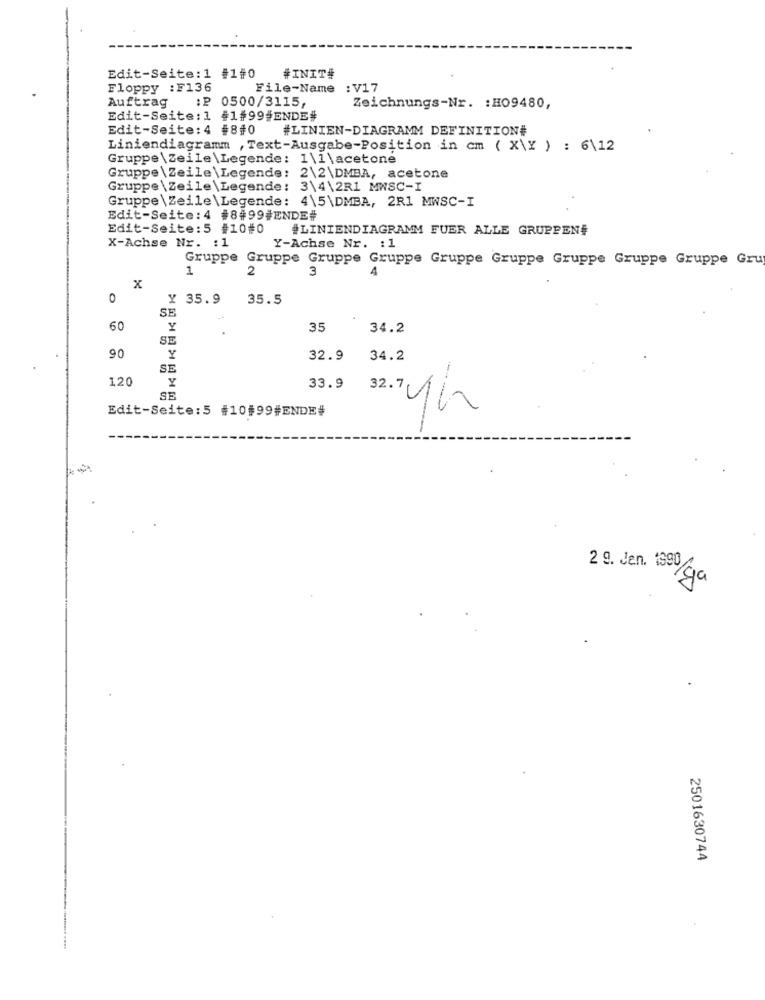
Edit-Seite:1 #1#0
#INIT#
Floppy :F136
File-Name :V17
Auftrag :₽ 0500/3115,
Zeichnungs-Nr. : HO9480,
Edit-Seite: 1 #1#99#ENDE#
Edit-Seite: 4 #8#0
#LINIEN-DIAGRAMM DEFINITION#
Liniendiagramm ,Text-Ausgabe-Position in cm ( X\X ) : 6\12
Gruppe \Zeile \Legende: 1\1\acetone
Gruppe \Zeile \Legende: 2\2\DMBA, acetone
Gruppe \Zeile \Legende: 3\4\2R1 MWSC-I
Gruppe \Zeile \Legende: 4\5\DMBA, 2R1 MWSC-I
Edit-Seite:4 #8499#ENDE#
Edit-Seite:5 #10#0
#LINIENDIAGRAMM FUER ALLE GRUPPEN#
X-Achse Nr. : 1
Y-Achse Nr. : 1
Gruppe Gruppe Gruppe Gruppe Gruppe Gruppe Gruppe Gruppe Gruppe Gru
1
2
3
4
X
0
X 35.9
35.5
SE
60
Y
35
34.2
SE
90
Y
32.9
34.2
SE
120
Y
33.9
SE
Edit-Seite:5 #10#99#ENDE#
yh
2 9. Jan. 1990/ga
2501630744